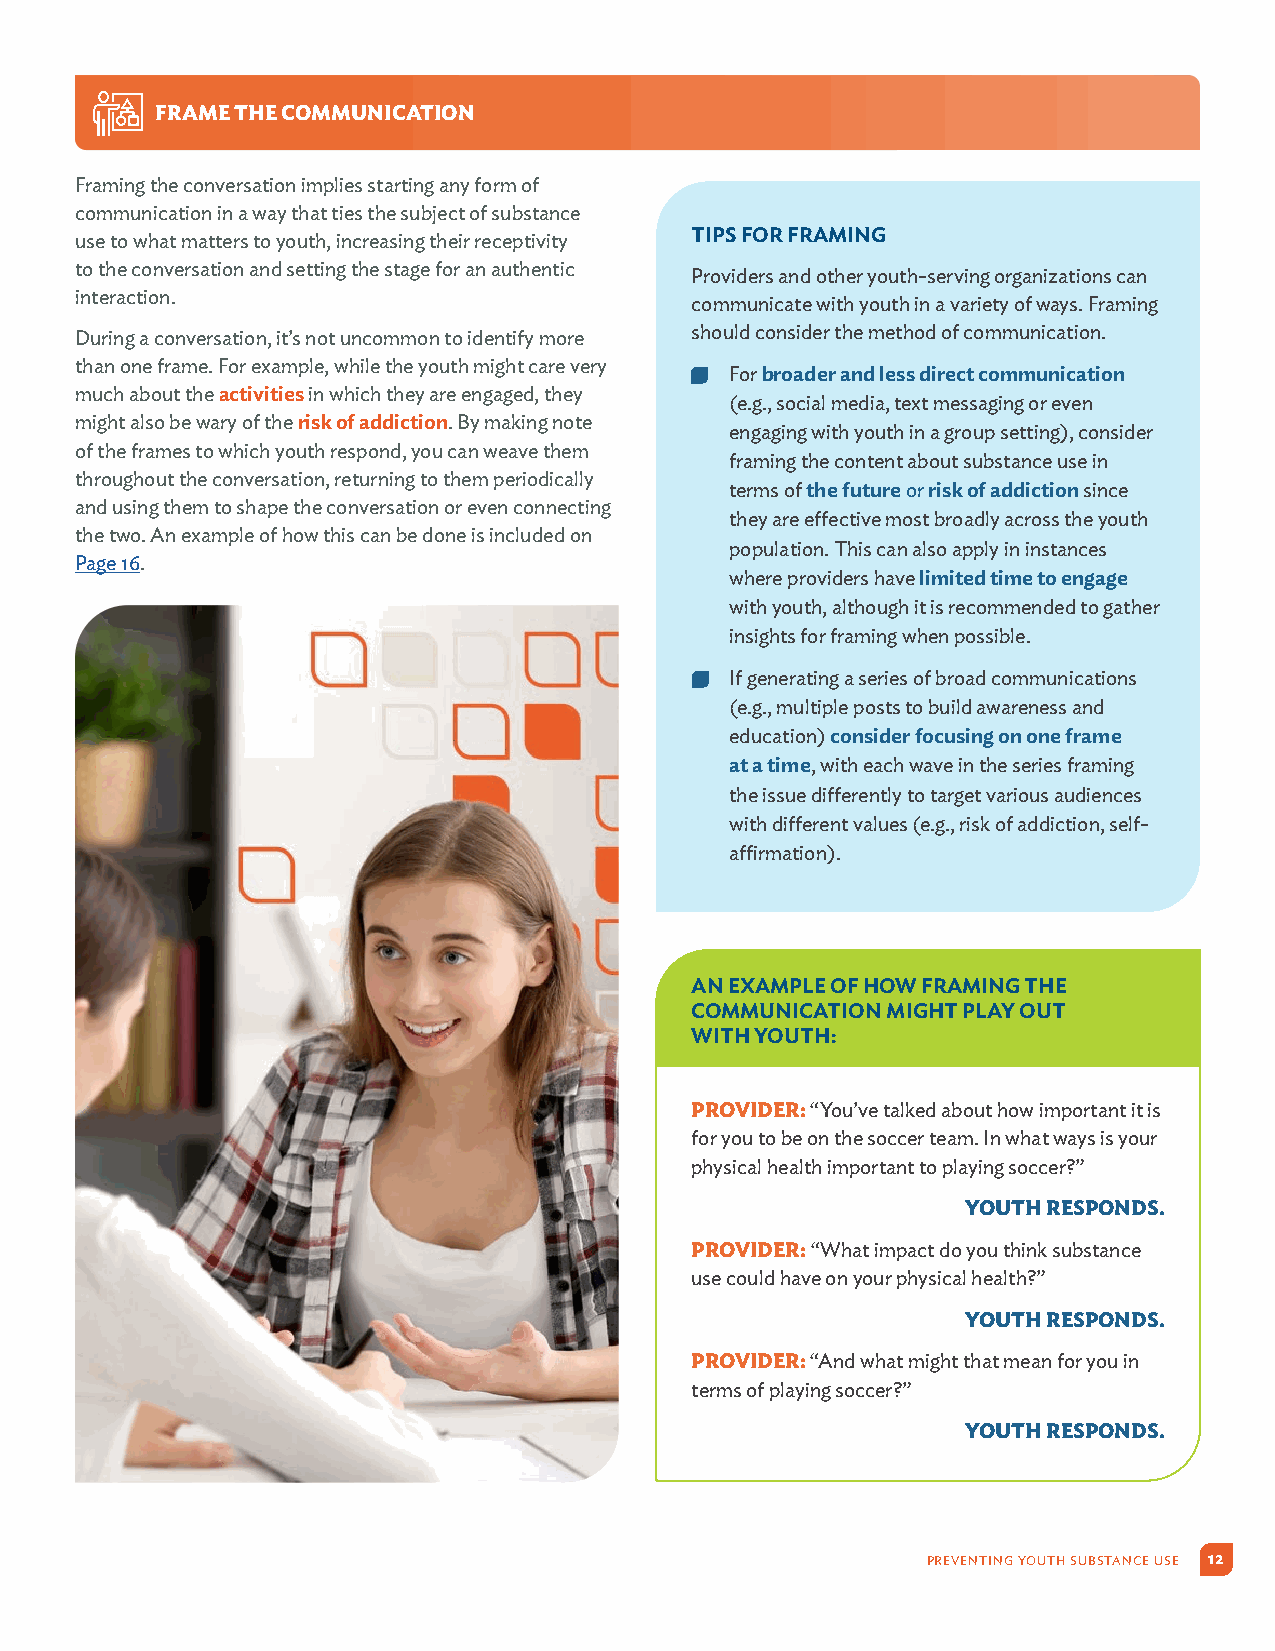
FRAME THE COMMUNICATION
 Framing the conversation implies starting any form of
 communication in a way that ties the subject of substance
 use to what matters to youth, increasing their receptivity TIPS FOR FRAMING
 to the conversation and setting the stage for an authentic
 Providers and other youth-serving organizations can
 interaction.
 communicate with youth in a variety of ways. Framing
 During a conversation, it’s not uncommon to identify more should consider the method of communication.
 than one frame. For example, while the youth might care very
  For broader and less direct communication
 much about the activities in which they are engaged, they
 (e.g., social media, text messaging or even
 might also be wary of the risk of addiction. By making note
 engaging with youth in a group setting), consider
 of the frames to which youth respond, you can weave them
 framing the content about substance use in
 throughout the conversation, returning to them periodically
 terms of the future or risk of addiction since
 and using them to shape the conversation or even connecting
 they are effective most broadly across the youth
 the two. An example of how this can be done is included on
 population. This can also apply in instances
 Page 16.
 where providers have limited time to engage
 with youth, although it is recommended to gather
 insights for framing when possible.
  If generating a series of broad communications
 (e.g., multiple posts to build awareness and
 education) consider focusing on one frame
 at a time, with each wave in the series framing
 the issue differently to target various audiences
 with different values (e.g., risk of addiction, self-
 affirmation).
 AN EXAMPLE OF HOW FRAMING THE
 COMMUNICATION MIGHT PLAY OUT
 WITH YOUTH:
 PROVIDER: “You’ve talked about how important it is
 for you to be on the soccer team. In what ways is your
 physical health important to playing soccer?”
 YOUTH RESPONDS.
 PROVIDER: “What impact do you think substance
 use could have on your physical health?”
 YOUTH RESPONDS.
 PROVIDER: “And what might that mean for you in
 terms of playing soccer?”
 YOUTH RESPONDS.
 PREVENTING YOUTH SUBSTANCE USE 12